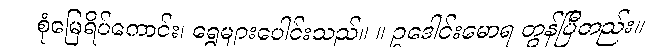
စုံမြေရိပ်ကောင်း၊ ရွေများပေါင်းသည်။ ။ ဥဒေါင်းမောရ တွန်ပြီတည်း။